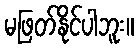
မဖြတ်နိုင်ပါဘူး။